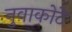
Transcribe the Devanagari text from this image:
नुवाकोटे